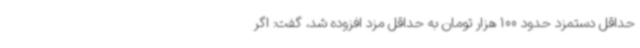
حداقل دستمزد حدود 100 هزار تومان به حداقل مزد افزوده شد، گفت: اگر